Code of medical and sanitary regulations for the guidance of medical officers serving in the Madras Presidency - Volume I
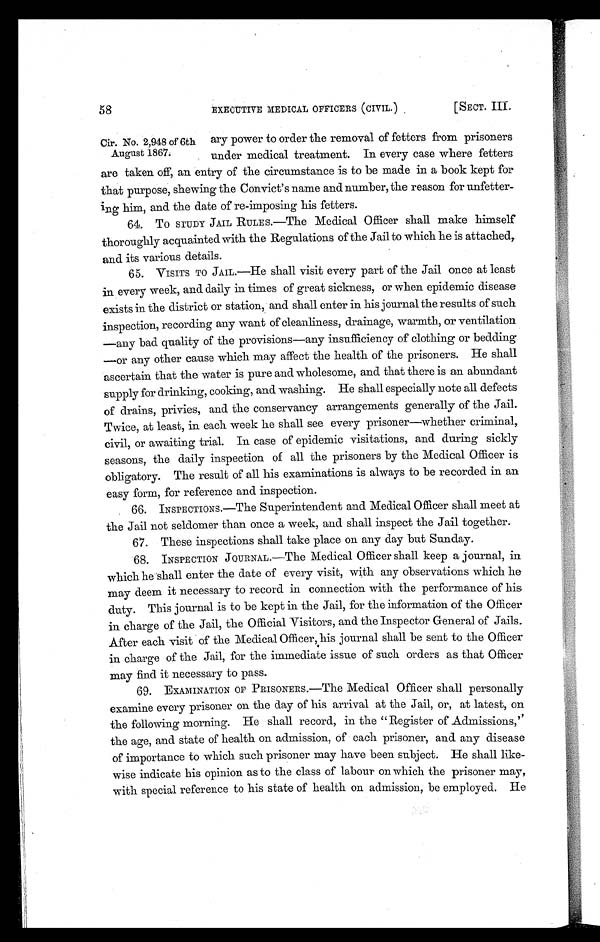
58
EXECUTIVE MEDICAL OFFICERS (CIVIL.)
[SECT. III.
ary power to order the removal of fetters from prisoners
under medical treatment. In every case where fetters
are taken off, an entry of the circumstance is to be made in a book kept for
that purpose, shewing the Convict's name and number, the reason for unfetter-
ing him, and the date of re-imposing his fetters.
64. T O S T U D Y J A I L R U L E S . — T h e M e d i c a l O f f i c e r s h a l l m a k e h i m s e l f
thoroughly acquainted with the Regulations of the Jail to which he is attached,
and its various details.
65. VISITS TO JAIL.—He shall visit every part of the Jail once at least
in every week, and daily in times of great sickness, or when epidemic disease
exists in the district or station, and shall enter in his journal the results of such
inspection, recording any want of cleanliness, drainage, warmth, or ventilation
—any bad quality of the provisions—any insufficiency of clothing or bedding
—or any other cause which may affect the health of the prisoners. He shall
ascertain that the water is pure and wholesome, and that there is an abundant
supply for drinking, cooking, and washing. He shall especially note all defects
of drains, privies, and the conservancy arrangements generally of the Jail.
Twice, at least, in each week he shall see every prisoner—whether criminal,
civil, or awaiting trial. In case of epidemic visitations, and during sickly
seasons, the daily inspection of all the prisoners by the Medical Officer is
obligatory. The result of all his examinations is always to be recorded in an
easy form, for reference and inspection.
66. INSPECTIONS.—The Superintendent and Medical Officer shall meet at
the Jail not seldomer than once a week, and shall inspect the Jail together.
67. These inspections shall take place on any day but Sunday.
68. INSPECTION JOURNAL.—The Medical Officer shall keep a journal, in
which he shall enter the date of every visit, with any observations which he
may deem it necessary to record in connection with the performance of his
duty. This journal is to be kept in the Jail, for the information of the Officer
in charge of the Jail, the Official Visitors, and the Inspector General of Jails.
After each visit of the Medical Officer,.his journal shall be sent to the Officer
in charge of the Jail, for the immediate issue of such orders as that Officer
may find it necessary to pass.
69.
EXAMINATION OF PRISONERS.—The Medical Officer shall personally
examine every prisoner on the day of his arrival at the Jail, or, at latest, on
the following morning. He shall record, in the "Register of Admissions,''
the age, and state of health on admission, of each prisoner, and any disease
of importance to which such prisoner may have been subject. He shall like-
wise indicate his opinion as to the class of labour on which the prisoner may,
with special reference to his state of health on admission, be employed. He
Cir. No. 2,948 of 6th
August 1867.